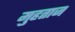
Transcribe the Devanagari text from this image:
मुहताज